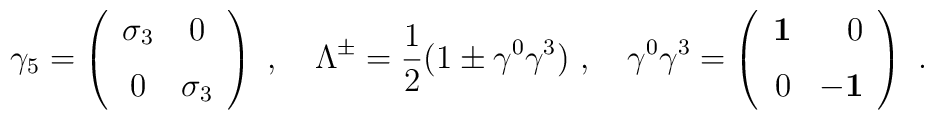
\gamma_{{5}}=\left (\begin {array}{cc} \sigma_{3}&0\\\noalign{\medskip} 0&\sigma_{3}\end {array}\right )\ ,\quad \Lambda^{\pm}=\frac{1}{2}(1\pm \gamma^{0}\gamma^{3})\ ,\quad \gamma^{0}\gamma^{3}=\left (\begin {array}{rr} {\bf 1}&0\\\noalign{\medskip} 0&{\bf -1}\end{array}\right )\ .